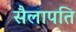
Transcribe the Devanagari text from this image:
सैलापति